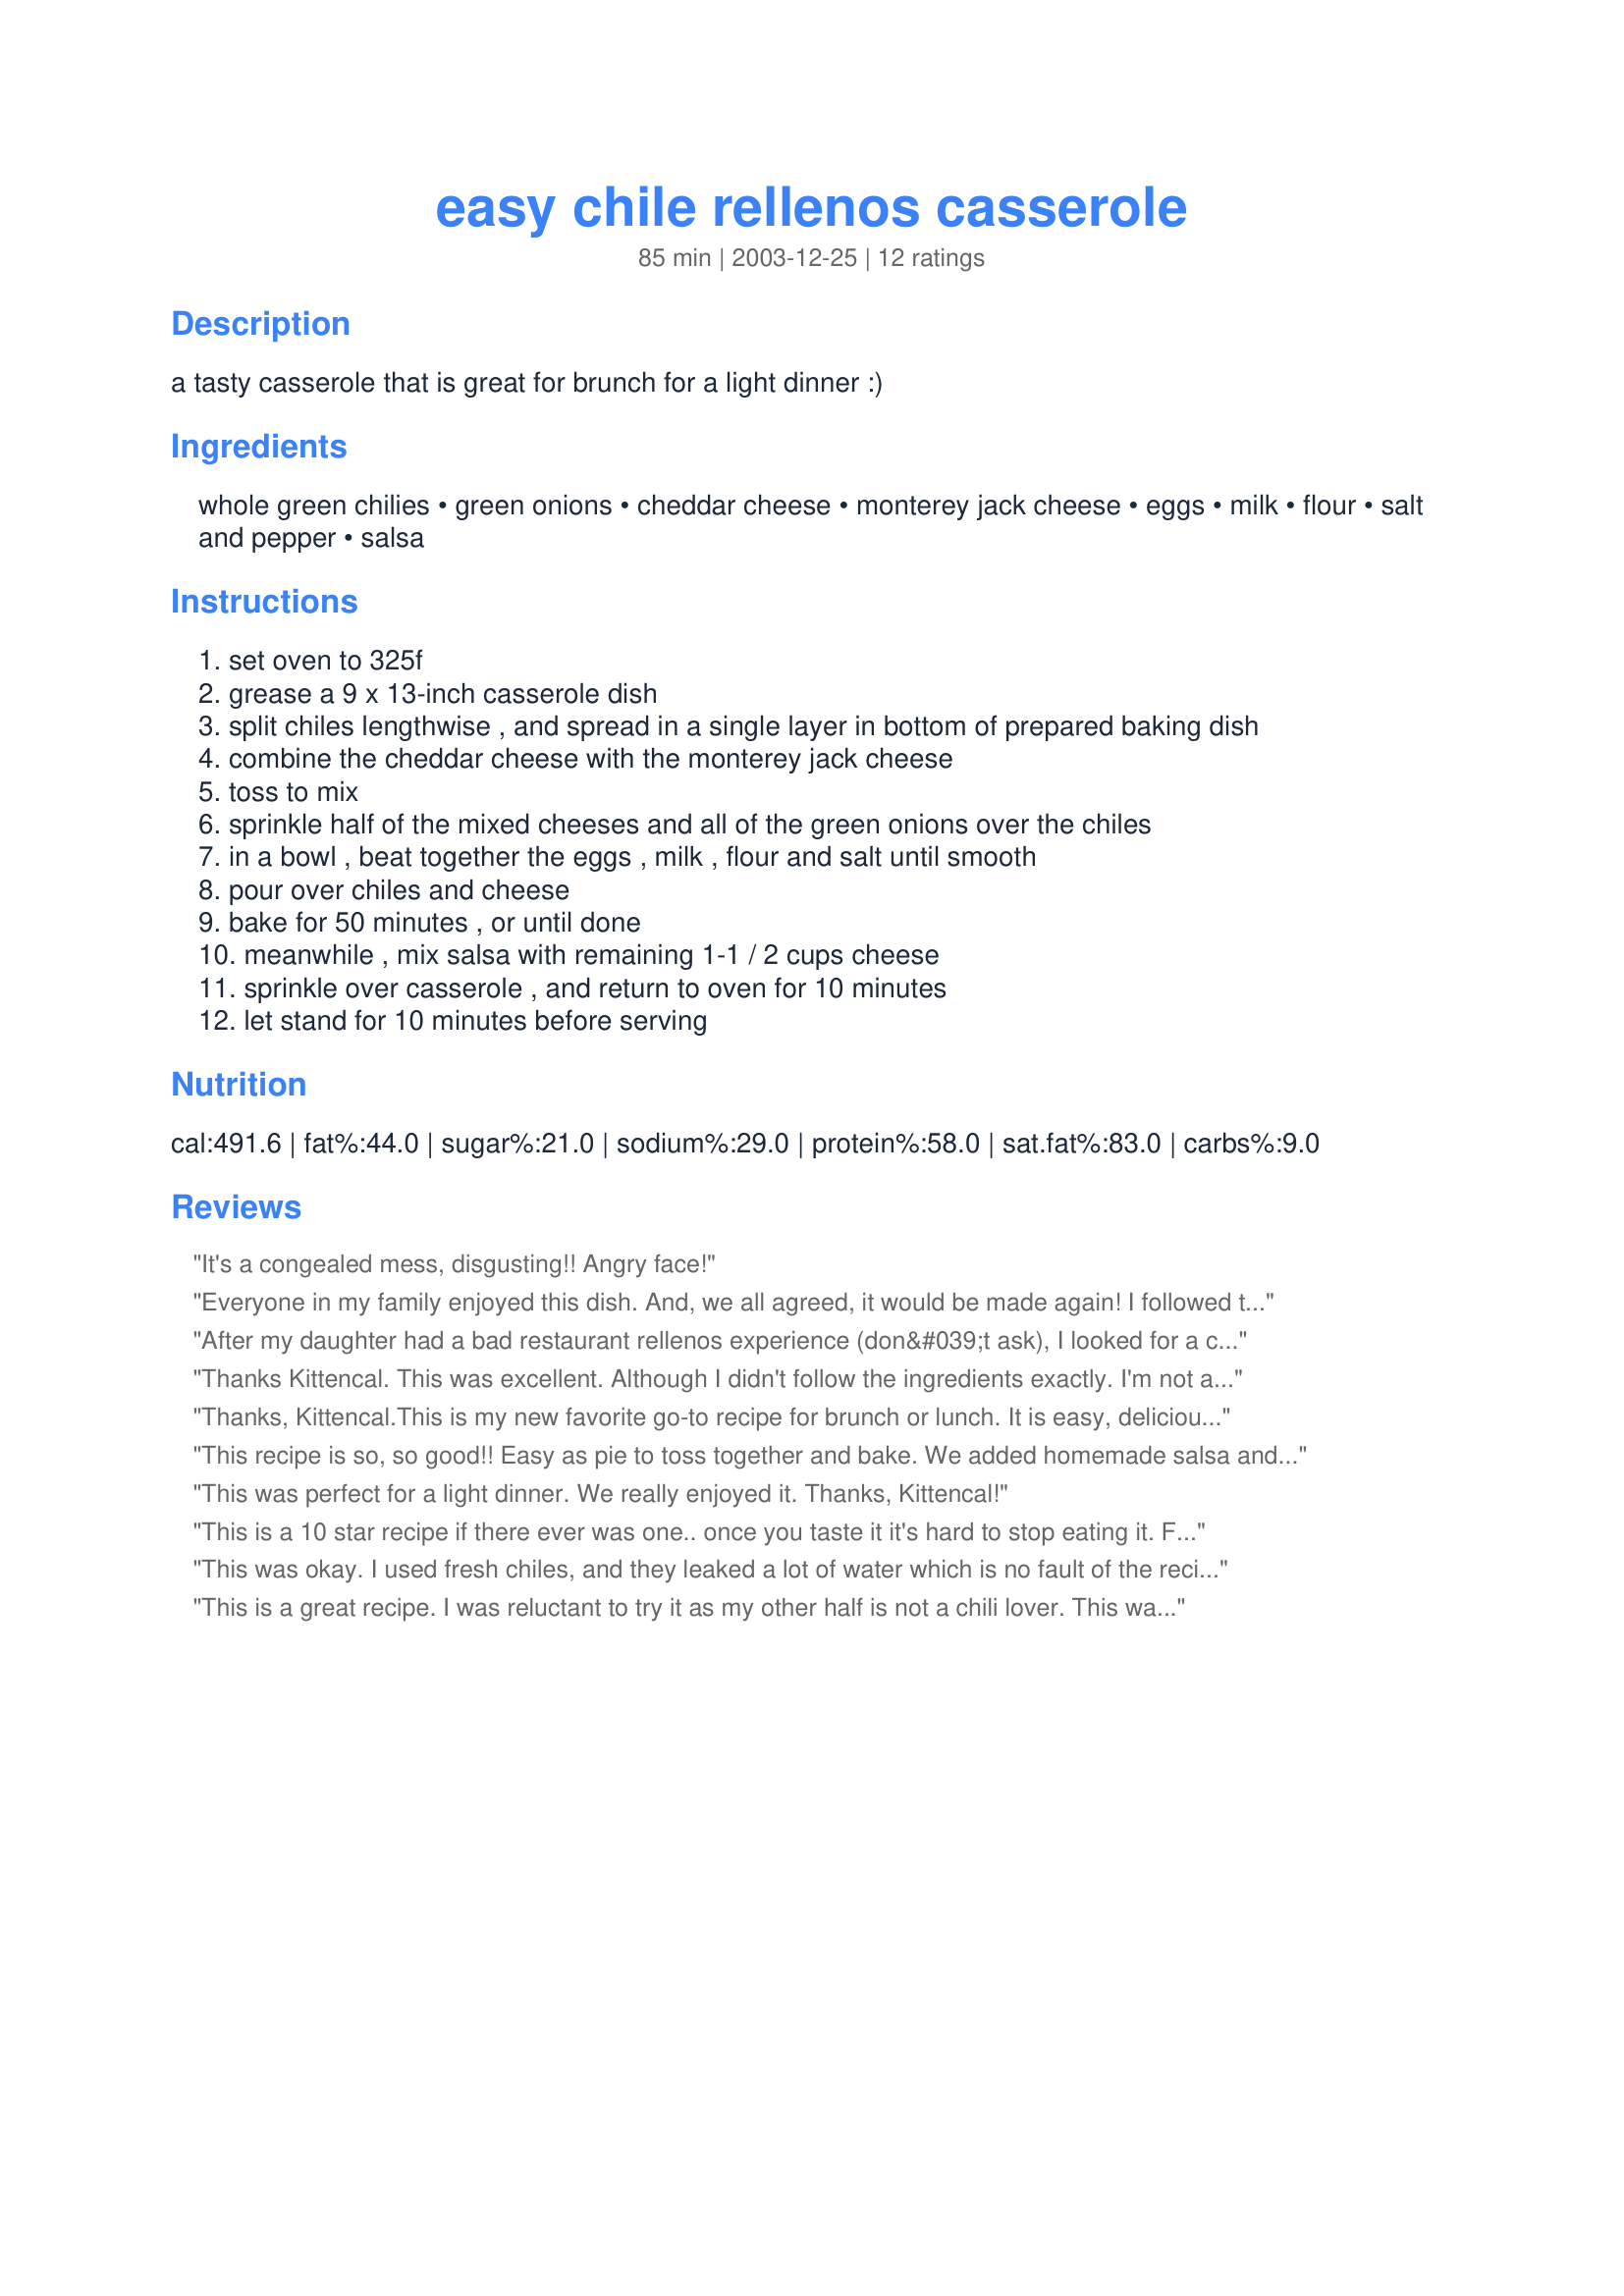
easy chile rellenos casserole
Preparation time: 85 minutes

a tasty casserole that is great for brunch for a light dinner :)

Ingredients:
whole green chilies, green onions, cheddar cheese, monterey jack cheese, eggs, milk, flour, salt and pepper, salsa

Steps:
set oven to 325f
grease a 9 x 13-inch casserole dish
split chiles lengthwise , and spread in a single layer in bottom of prepared baking dish
combine the cheddar cheese with the monterey jack cheese
toss to mix
sprinkle half of the mixed cheeses and all of the green onions over the chiles
in a bowl , beat together the eggs , milk , flour and salt until smooth
pour over chiles and cheese
bake for 50 minutes , or until done
meanwhile , mix salsa with remaining 1-1 / 2 cups cheese
sprinkle over casserole , and return to oven for 10 minutes
let stand for 10 minutes before serving

Reviews:
It's a congealed mess, disgusting!! Angry face!
Everyone in my family enjoyed this dish. And, we all agreed, it would be made again! I followed the recipe exactly, although, next time I think I'll just serve the salsa on the side. Otherwise, it was perfect. Thanks Kittencal.
After my daughter had a bad restaurant rellenos experience (don&#039;t ask), I looked for a casserole recipe that would taste authentic without the frying. Kittencal never lets me down. I added a pinch of cayenne to the eggs and milk, and used the Texas Red Enchilada Sauce (#42094) for the salsa. Voila! (or Velado!) Daughter&#039;s faith in Mom and good Mexican food affirmed and restored. &iexcl;estupendo
Thanks Kittencal. This was excellent. Although I didn't follow the ingredients exactly. I'm not a big fan of canned peppers, so I used fresh Poblanos sliced lengthwise as the base. I also like things with a little spice to them, so I diced up two Cowhorn peppers with the onions. Then I added a layer of hand shredded (cooked) chicken breast on top of the cheese/onion layer. I figured this is such a good, easy base for a dish that you could add just about anything you like to it. Just adapt it to the time of day you're serving it and tastes of the family. Mine liked it so much, this definitely makes it into my "family favorites" recipe box.
Thanks, Kittencal.<br/>This is my new favorite go-to recipe for brunch or lunch. It is easy, delicious and pretty to serve. I served salsa on the side.<br/>I made this for my Mah Jongg luncheon group and everyone wanted the recipe! I served it with the new Costco 7-Super Foods Salad Mix. (I made it the night before and then just warmed it up for lunch. Easy!)
This recipe is so, so good!! Easy as pie to toss together and bake. We added homemade salsa and homemade green chili at the table ... plus, extra cheese on top! YUM!
Thanks, K, tis another winner!
Laudee
This was perfect for a light dinner. We really enjoyed it. Thanks, Kittencal!
This is a 10 star recipe if there ever was one.. once you taste it it's hard to stop eating it. Followed recipe exactly, there is no need for any changes. 

Thanks millions for the posting. Nita
This was okay. I used fresh chiles, and they leaked a lot of water which is no fault of the recipe. But while it is a good egg and chile recipe, it does not resemble chile rellenos.
This is a great recipe. I was reluctant to try it as my other half is not a chili lover. This was mild and delicious. I am so glad I decided to try it. Its easy to make and heats up very well if you have left overs.
Thanks Kittencal you always have the best recipes.
This is the recipe to try if you want that 'something different' dish for your next breakfast or brunch. The instructions were perfect. I beat the eggs/milk/flour/salt mixture with my electric mixture until frothy, and the finished dish was so light and fluffy, and very mild. Since I love spicy/hot food, next time I'll tweak it with a little cayenne to the egg mixture and use hotter salsa - or even sliced jalapenos - on top. Kitten, you're the cat's pajamas!
This is a keeper! It is so delicious and light! We had it with a salad. I love a good challenge when I'm cooking/baking, but once in a while, I love something easy like this; something for which I have all the ingredients on hand!
